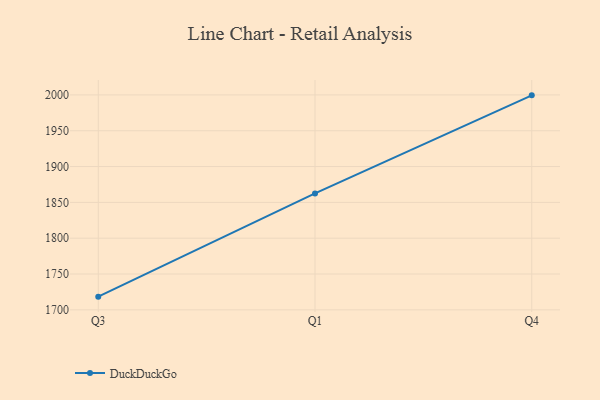
{"axis": {"x": "Quarter", "y": "LTV (USD)"}, "legend": ["DuckDuckGo"], "data": [{"x": "Q3", "y": 1718.4, "type": "DuckDuckGo"}, {"x": "Q1", "y": 1862.5, "type": "DuckDuckGo"}, {"x": "Q4", "y": 1999.4, "type": "DuckDuckGo"}]}